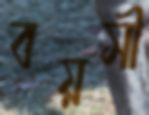
বয়সী